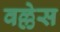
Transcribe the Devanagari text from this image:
वल्लेस